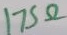
Text: 175Ω